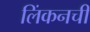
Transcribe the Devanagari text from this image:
लिंकनची